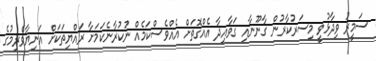
ސަމީރު ވިދާޅުވީ މިސަރުކާރުން ގާނޫނާއި ގަވާއިދާ އެއްގޮތަށް އެއްވެސްކަމެއް ނުކުރާނެކަމަށާ ރައްޔިތަކަށް އަނިޔާވެރިމުގެ